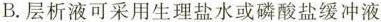
B.层析液可采用生理盐水或磷酸盐缓冲液